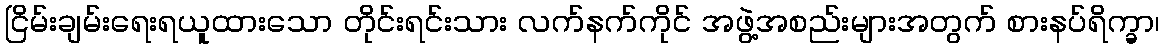
ငြိမ်းချမ်းရေးရယူထားသော တိုင်းရင်းသား လက်နက်ကိုင် အဖွဲ့အစည်းများအတွက် စားနပ်ရိက္ခာ၊